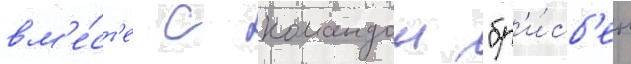
вм'е́ст'е с командои "бр'и́сб'ен